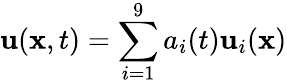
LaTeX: \mathbf{u}(\mathbf{x},t)=\sum_{i=1}^{9}a_{i}(t)\mathbf{u}_{i}(\mathbf{x})